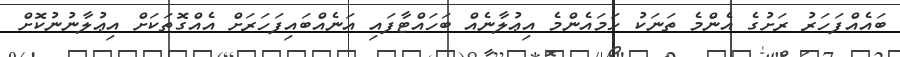
ބައެއްފަހަރު ރަށުގެ އެންމެ ތަނަކު ހަމައެންމެ އިޢުލާނެއް ބަހައްޓާފައި އަނެއްބައިފަހަރަށް އެއްގޮތަކަށް އިޢުލާނުނުކޮށް